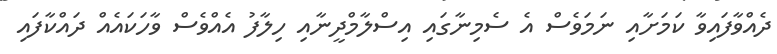
ދެއްވާފައިވާ ކަމަށާއި ނަމަވެސް އެ ސެމިނާގައި އިސްލާމްދީނާއި ހިލާފު އެއްވެސް ވާހަކައެއް ދައްކާފައި